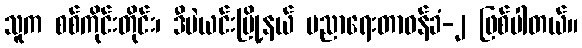
သူက စစ်ကိုင်းတိုင်း၊ ဒီပဲယင်းမြို့နယ် ပညာရေးတာဝန်ခံ-၂ ဖြစ်ပါတယ်။